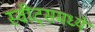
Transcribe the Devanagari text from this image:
स्वीट्‌समध्ये